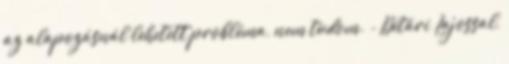
az alapozásnál lehetett probléma, nem tudom. - Détári Lajossal,